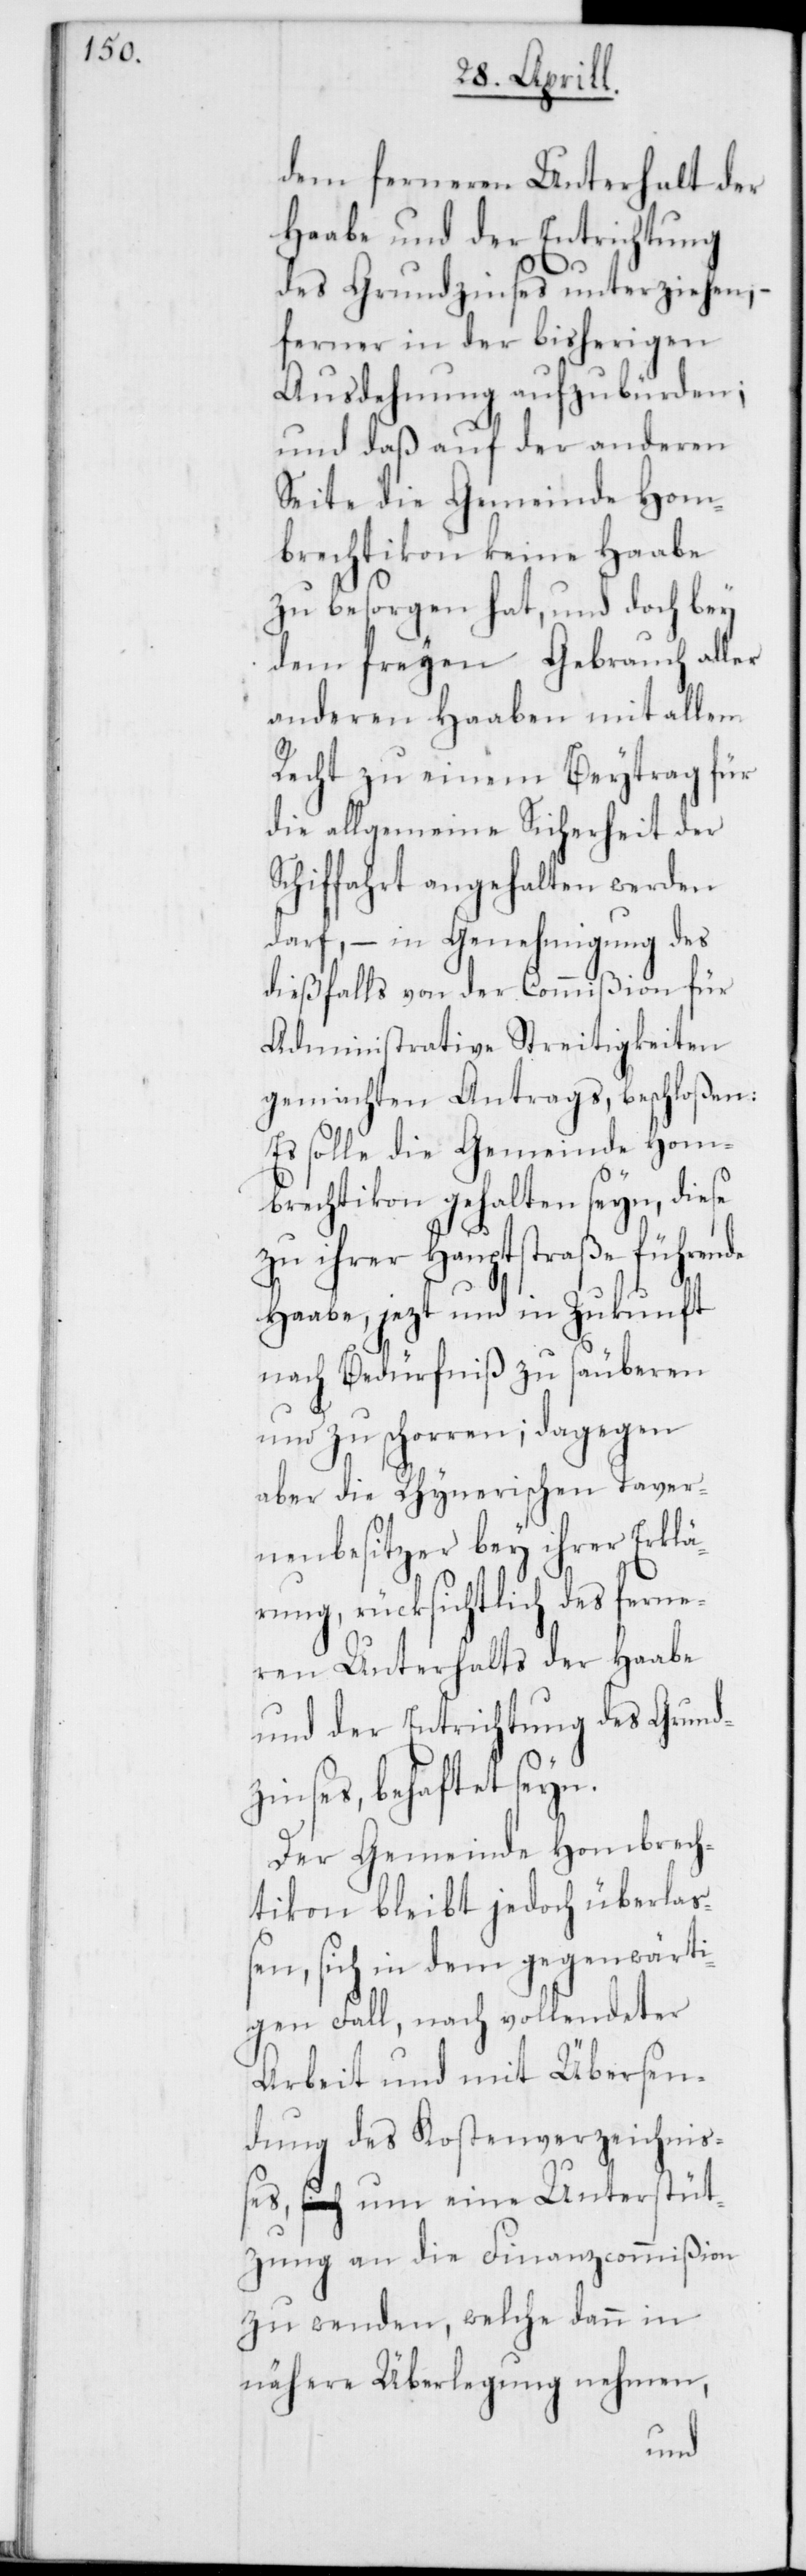
dem ferneren Unterhalt der
Haabe und der Entrichtung
des Grundzinses unterziehen, –
ferner in der bisherigen
Ausdehnung aufzubürden;
und daß auf der anderen
Seite die Gemeinde Hom¬
brechtikon keine Haabe
zu besorgen hat, und doch bey
dem freyen Gebrauch aller
anderen Haaben mit allem
Recht zu einem Beytrag für
die allgemeine Sicherheit der
Schiffahrt angehalten werden
darf, – in Genehmigung des
dießfalls von der Commißion für
Administrative Streitigkeiten
gemachten Antrags, beschloßen:
Es solle die Gemeinde Hom¬
brechtikon gehalten seyn, diese
zu ihrer Hauptstraße führende
Haabe, jezt und in Zukunft
nach Bedürfniß zu säuberen
und zu schorren; dagegen
aber die Rhynerischen Taver¬
nenbesitzer bey ihrer Erklä¬
rung, rücksichtlich des ferne¬
ren Unterhalts der Haabe
und der Entrichtung des Grundz¬
inses, behaftet seyn.
Der Gemeinde Hombrech¬
tikon bleibt jedoch überlaß¬
en, sich in dem gegenwärti¬
gen Fall, nach vollendeter
Arbeit und mit Übersen¬
dung des Kostenverzeichniß¬
es, um eine Unterstüt¬
zung an die Finanzcommißion
zu wenden, welche dann in
nähere Überlegung nehmen,